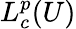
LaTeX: L_{c}^{p}(U)